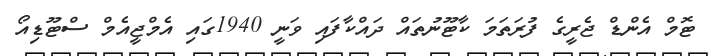
ޓޮމް އެންޑް ޖެރީގެ ފުރަތަމަ ކާޓޫނުތައް ދައްކާފައި ވަނީ 1940ގައި އެމްޖީއެމް ސްޓޫޑިއޯ